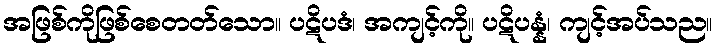
အဖြစ်ကိုဖြစ်စေတတ်သော။ ပဋိပဒံ၊ အကျင့်ကို။ ပဋိပန္နံ၊ ကျင့်အပ်သည။